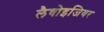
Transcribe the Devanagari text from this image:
लैवोइजियर